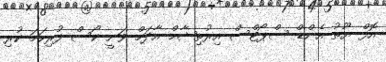
އޮފް ޔޫތު އެންޑް ސްޕޯޓްސް އިރުތިޝާމް އާދަމް ވަނީ ކޯސް ފުރިހަމަ ކުރި